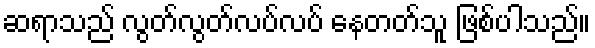
ဆရာသည် လွတ်လွတ်လပ်လပ် နေတတ်သူ ဖြစ်ပါသည်။